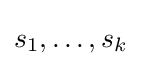
s_{1},\ldots ,s_{k}